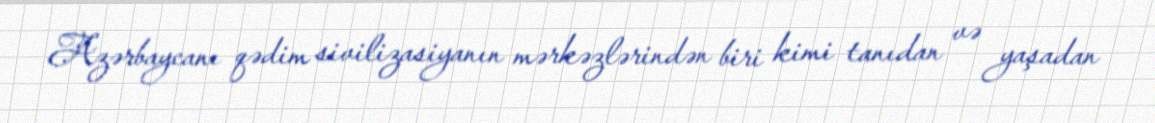
Azərbaycanı qədim sivilizasiyanın mərkəzlərindən biri kimi tanıdan və yaşadan